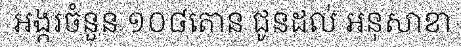
អង្ករចំនួន ១០៨តោន ជូនដល់ អនុសាខា